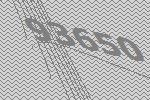
93650